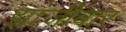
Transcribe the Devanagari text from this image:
झांजीबार